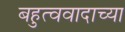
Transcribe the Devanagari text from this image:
बहुत्ववादाच्या